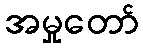
အမှုတော်